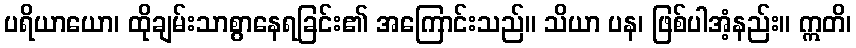
ပရိယာယော၊ ထိုချမ်းသာစွာနေရခြင်း၏ အကြောင်းသည်။ သိယာ ပန၊ ဖြစ်ပါအံ့နည်း။ ဣတိ၊